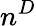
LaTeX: n^{D}